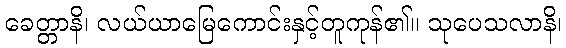
ခေတ္တာနိ၊ လယ်ယာမြေကောင်းနှင့်တူကုန်၏။ သုပေသလာနိ၊